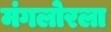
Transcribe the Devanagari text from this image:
मंगलोरला